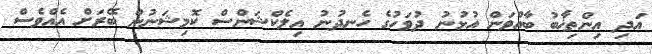
އަދި އިންތިޚާބު ބާއްވަން އުޅުނު ދުވަހުގެ ހެނދުނު އިލެކްޝަންސް ކޮމިޝަނުން ބޭރަށް އެއްވެސް